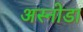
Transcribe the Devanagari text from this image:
अस्नोडा